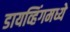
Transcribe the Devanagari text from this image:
डायव्हिंगमध्ये